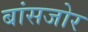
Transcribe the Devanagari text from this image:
बांसजोर